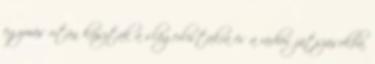
egymás után kúsztak a slágerlistákra és a rádiós játszásokba.